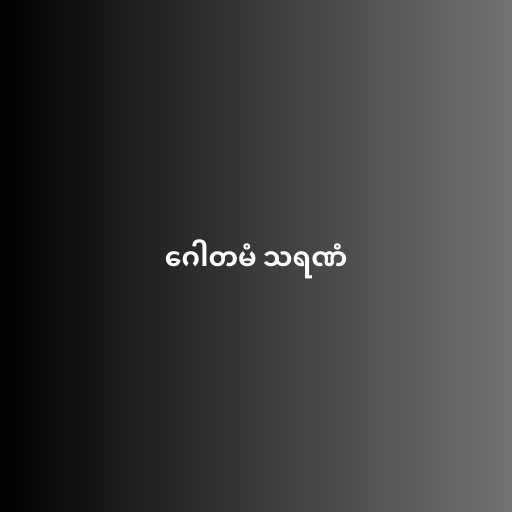
ဂေါတမံ သရဏံ